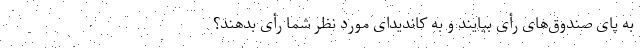
به پای صندوق‌های رأی بیایند و به کاندیدای مورد نظر شما رأی بدهند؟